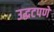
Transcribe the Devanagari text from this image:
उद्धटपणे